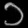
Digit: ၁